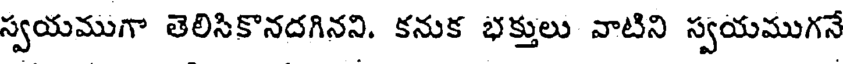
స్వయముగా తెలిసికొనదగినని. కనుక భక్తులు వాటిని స్వయముగనే